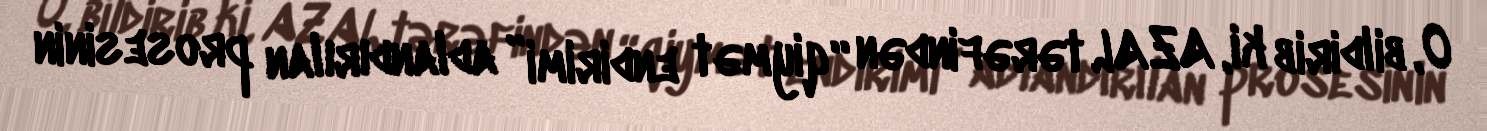
O, bildirib ki, AZAL tərəfindən “qiymət endirimi” adlandırılan prosesinin